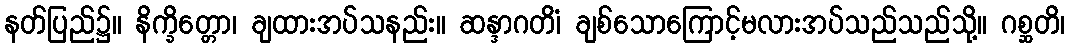
နတ်ပြည်၌။ နိက္ခိတ္တော၊ ချထားအပ်သနည်း။ ဆန္ဒာဂတိံ၊ ချစ်သောကြောင့်မလားအပ်သည်သည်သို့။ ဂစ္ဆတိ၊